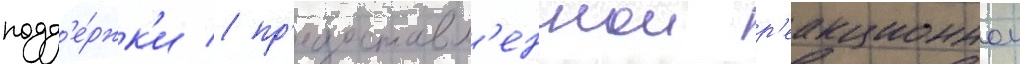
подд'е́ржк'и / пр'едоставл'еннои р'еакционнои